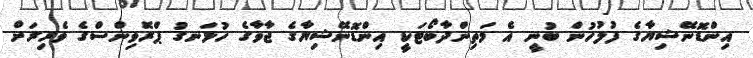
އިންޑޮނޭޝިޔާގެ ފުލުހުން ބުނީ އެ މަތިންދާބޯޓަކީ އިންޑޮނޭޝިޔާގެ ޖާވާގެ ހުޅަނގު ޕްރޮވިންސްގެ ވެރިރަށް